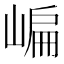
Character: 𡺂